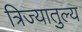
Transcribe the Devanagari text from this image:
त्रिज्यातुल्य